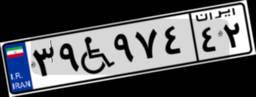
۳۹W۹۷۴۴۲